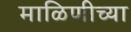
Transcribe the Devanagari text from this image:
माळिणीच्या